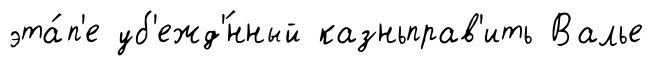
эта́п'е уб'ежд'́нный казньправ'ить Валье